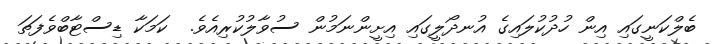
ބެލްކަނީގައި އިން ހުދުކުލައިގެ އުނދޯލީގައި އިށީންނަމުން ސުވާލުކުރިއެވެ.  ކަމަކާ ޑިސްޓާބްވެފަތަ